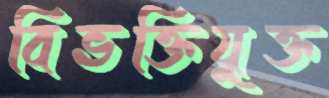
বিভক্তিযুক্ত